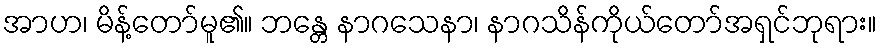
အာဟ၊ မိန့်တော်မူ၏။ ဘန္တေ နာဂသေနာ၊ နာဂသိန်ကိုယ်တော်အရှင်ဘုရား။